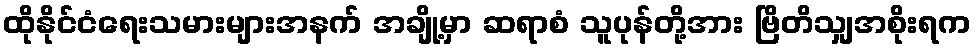
ထိုနိုင်ငံရေးသမားများအနက် အချို့မှာ ဆရာစံ သူပုန်တို့အား ဗြိတိသျှအစိုးရက